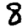
Digit: 8